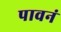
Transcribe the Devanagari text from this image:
पावनं